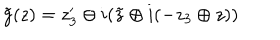
LaTeX: \tilde { g } ( z ) = z _ { 3 } ^ { \prime } \oplus i ( \tilde { z } \oplus i ( - z _ { 3 } \oplus z ) )